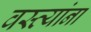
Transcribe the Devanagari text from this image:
वस्त्यांना